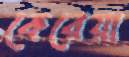
কেরেয়া